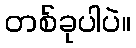
တစ်ခုပါပဲ။